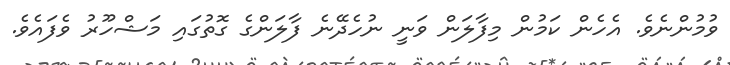
ވުމުންނެވެ. އެހެން ކަމުން މިފާލަން ވަނީ ނުހެދޭނެ ފާލަންގެ ގޮތުގައި މަޝްހޫރު ވެފައެވެ.